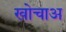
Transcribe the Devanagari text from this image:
खोचाअ